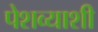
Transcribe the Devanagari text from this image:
पेशव्याशी